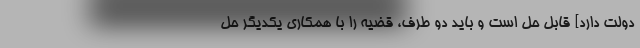
دولت دارد] قابل حل است و باید دو طرف، قضیه را با همکاری یکدیگر حل